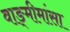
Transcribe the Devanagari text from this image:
वाङ्‍मीमांसा